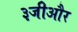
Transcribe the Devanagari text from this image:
३जीऔर